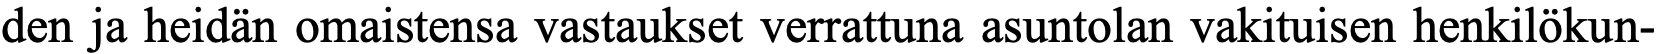
den ja heidän omaistensa vastaukset verrattuna asuntolan vakituisen henkilökun-